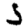
Digit: 5